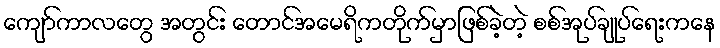
ကျော်ကာလတွေ အတွင်း တောင်အမေရိကတိုက်မှာဖြစ်ခဲ့တဲ့ စစ်အုပ်ချုပ်ရေးကနေ